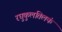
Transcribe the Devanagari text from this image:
रघुकुलतिलकं